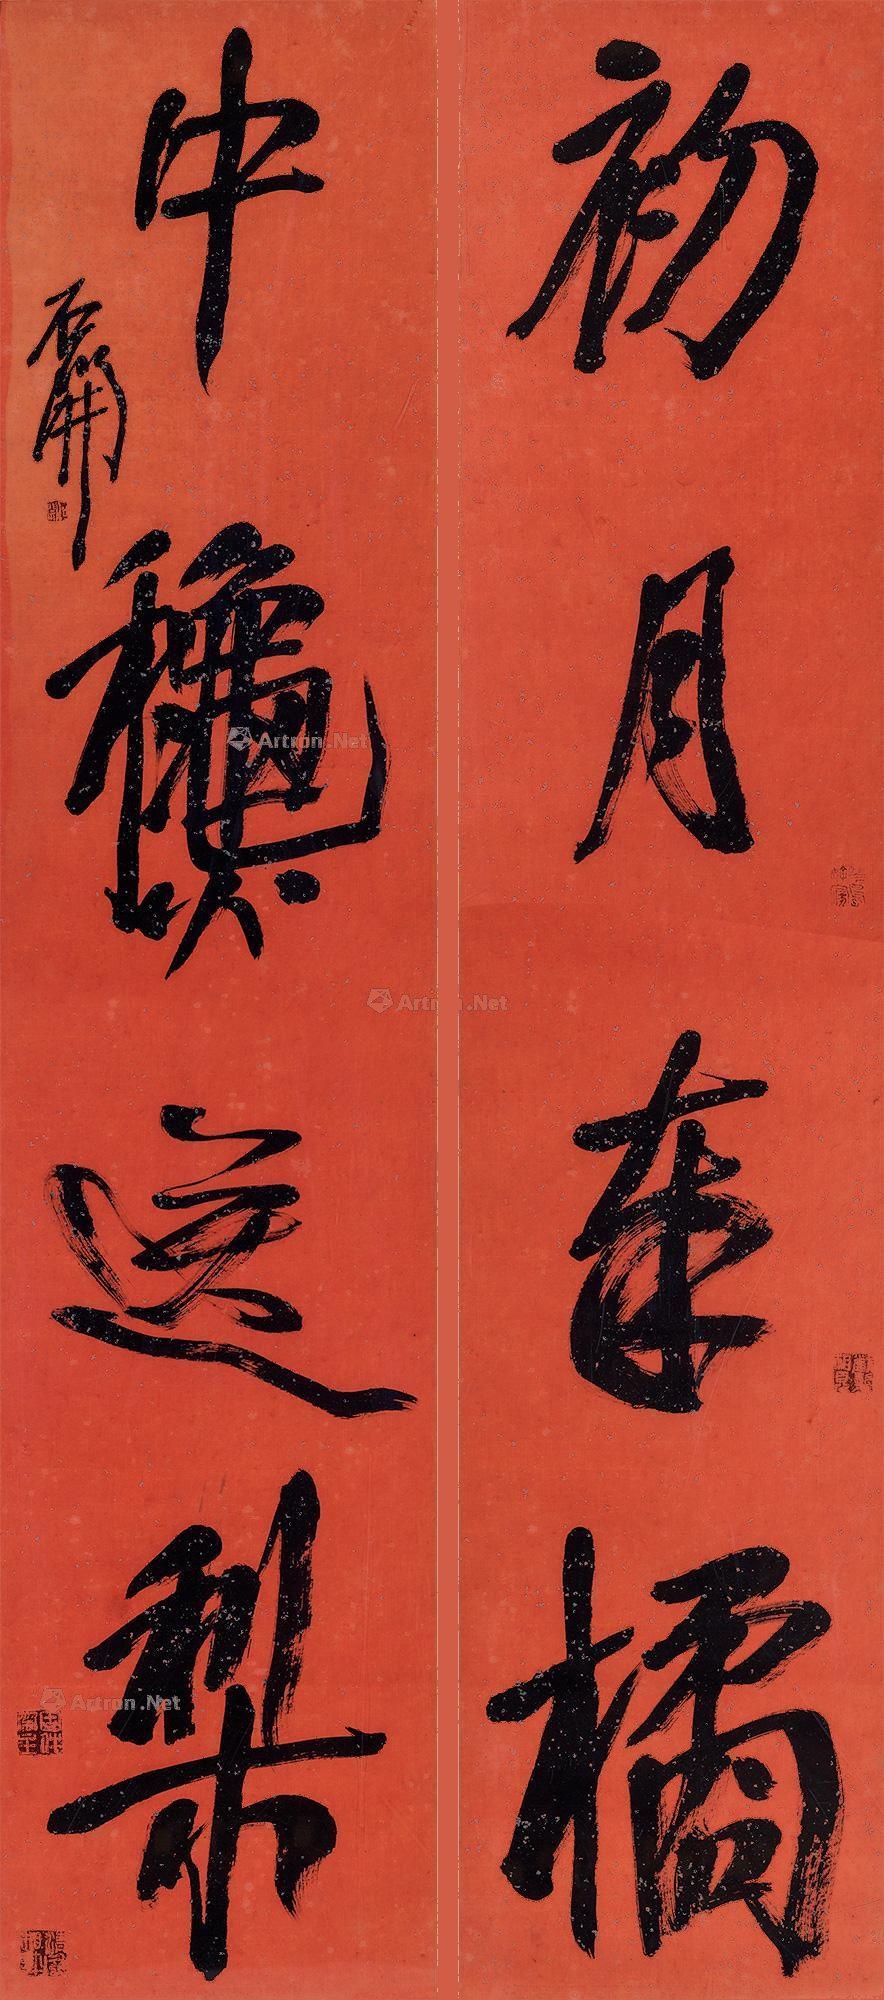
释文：初月奉橘，中秋送梨。石开。